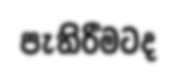
පැතිරීමටද